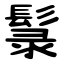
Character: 䰁